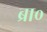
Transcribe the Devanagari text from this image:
ब्रा०